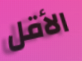
الأقل